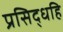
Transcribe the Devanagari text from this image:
प्रसिद्धहि